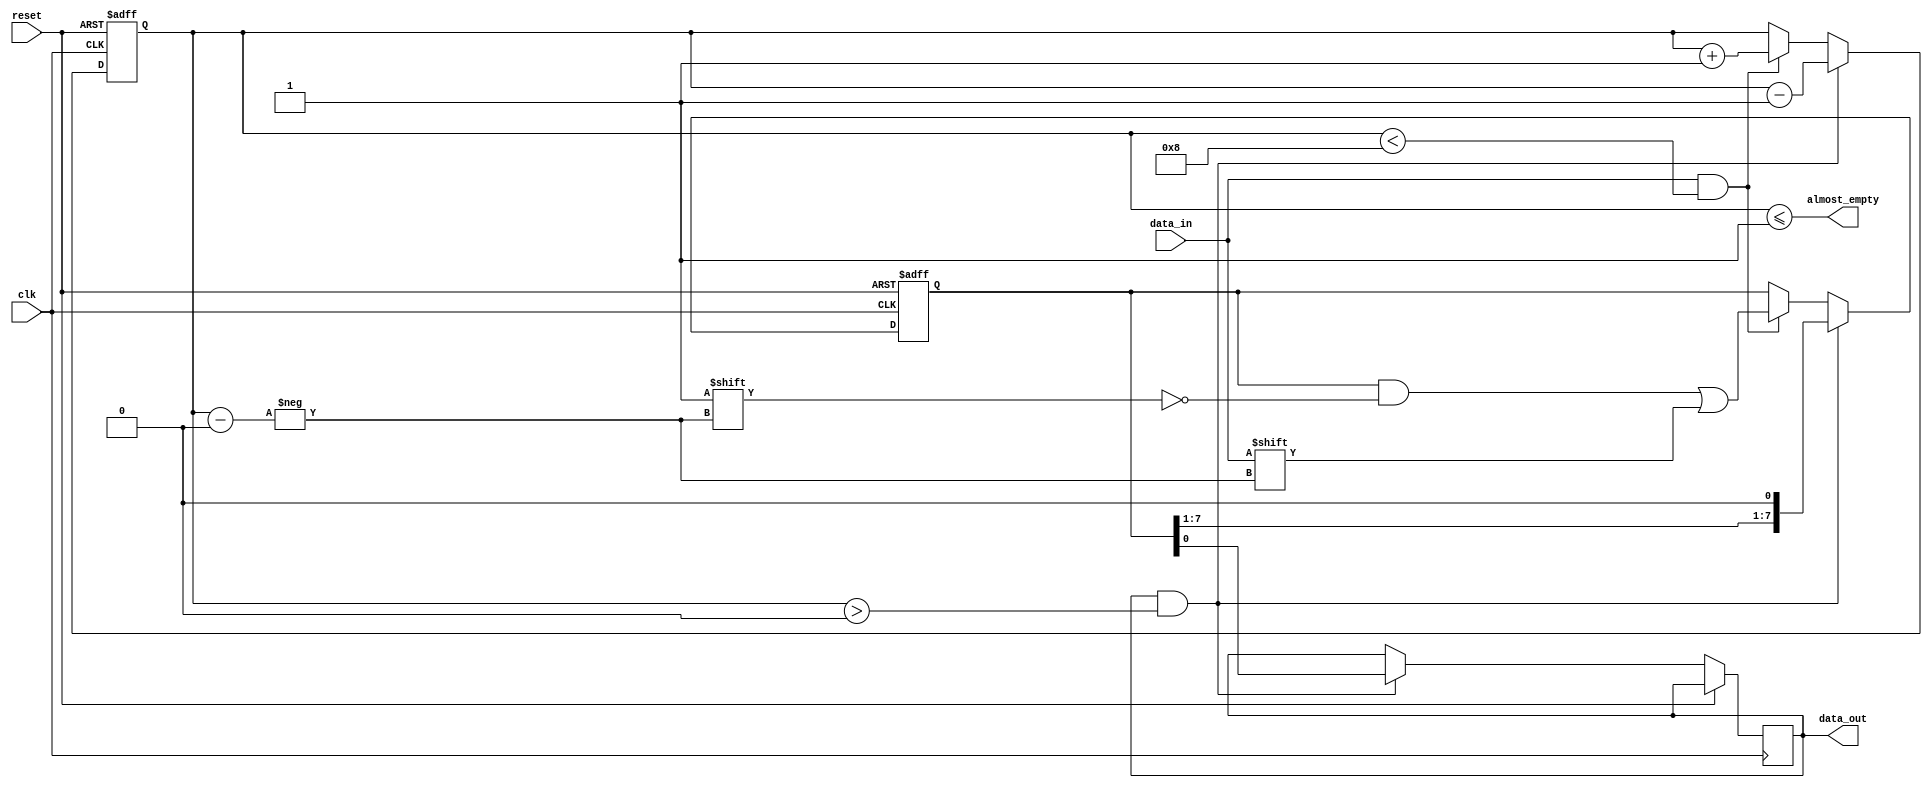
module AlmostEmptyFIFO (
    input wire clk,
    input wire reset,
    input wire data_in,
    output wire data_out,
    output wire almost_empty
);

parameter FIFO_DEPTH = 8; // Depth of the FIFO buffer

reg [FIFO_DEPTH-1:0] fifo_buffer;
reg [3:0] fill_level; // 4-bit counter for tracking fill level

always @(posedge clk or posedge reset) begin
    if (reset) begin
        fill_level <= 0;
        fifo_buffer <= {FIFO_DEPTH{1'b0}};
    end else begin
        if (data_in && (fill_level < FIFO_DEPTH)) begin
            fill_level <= fill_level + 1;
            fifo_buffer[fill_level] <= data_in;
        end
        if (data_out && (fill_level > 0)) begin
            data_out <= fifo_buffer[0];
            fifo_buffer <= {fifo_buffer[1:FIFO_DEPTH-1], 1'b0};
            fill_level <= fill_level - 1;
        end
    end
end

assign almost_empty = (fill_level <= 1);

endmodule